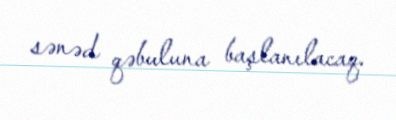
sənəd qəbuluna başlanılacaq.